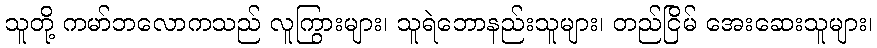
သူတို့ ကမာ်ဘလောကသည် လူကြွားများ၊ သူရဲဘောနည်းသူများ၊ တည်ငြိမ် အေးဆေးသူများ၊